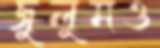
জুলুমও